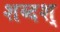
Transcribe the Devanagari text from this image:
शब्दश्